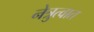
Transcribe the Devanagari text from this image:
नेत्रुत्वात